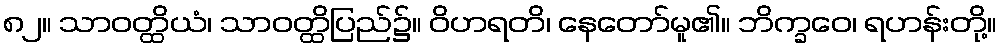
၈၂။ သာဝတ္ထိယံ၊ သာဝတ္ထိပြည်၌။ ဝိဟရတိ၊ နေတော်မူ၏။ ဘိက္ခဝေ၊ ရဟန်းတို့။